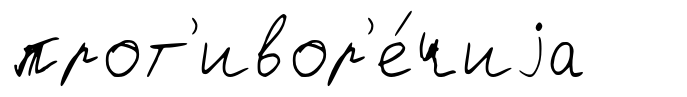
прот'ивор'е́чиjа